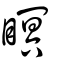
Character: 瞑